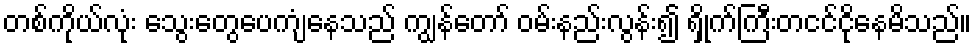
တစ်ကိုယ်လုံး သွေးတွေပေကျံနေသည် ကျွန်တော် ဝမ်းနည်းလွန်း၍ ရှိုက်ကြီးတငင်ငိုနေမိသည်။